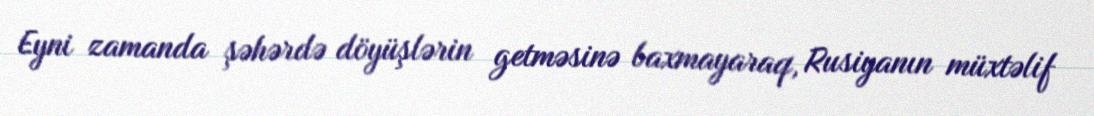
Eyni zamanda şəhərdə döyüşlərin getməsinə baxmayaraq, Rusiyanın müxtəlif